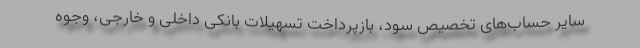
سایر حساب‌های تخصیص سود، بازپرداخت تسهیلات بانکی داخلی و خارجی، وجوه